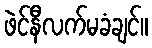
ဖဲင်နီလက်မခံချင်။